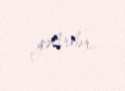
gəlirlər.